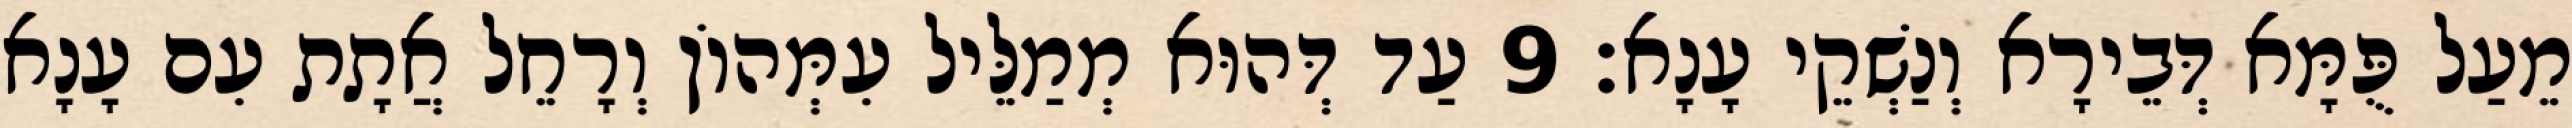
מֵעַל פֻּמָּא דְּבֵירָא וְנַשְׁקֵי עָנָא׃ 9 עַד דְּהוּא מְמַלֵּיל עִמְּהוֹן וְרָחֵל אֲתָת עִם עָנָא